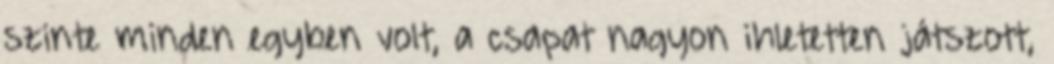
szinte minden egyben volt, a csapat nagyon ihletetten játszott,